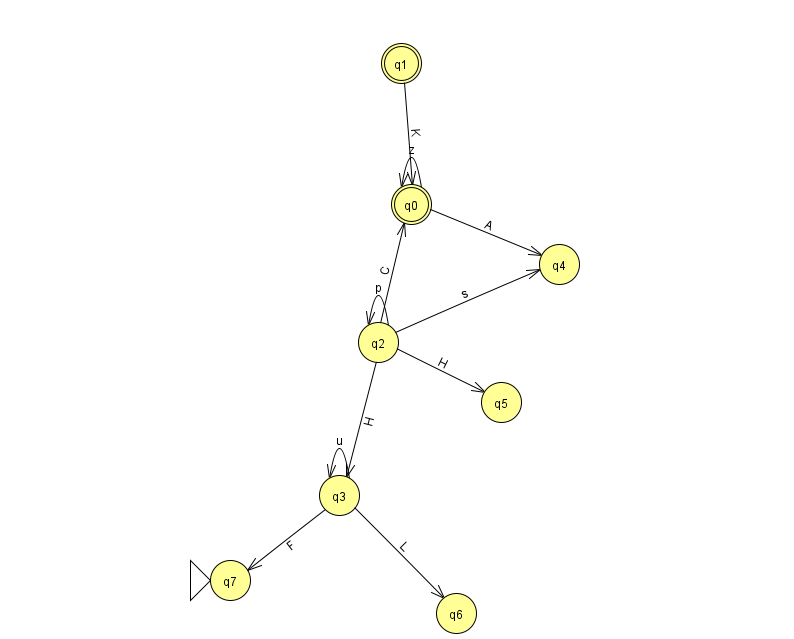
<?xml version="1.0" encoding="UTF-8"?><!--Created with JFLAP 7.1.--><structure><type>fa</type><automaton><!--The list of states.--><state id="0" name="q0"><x>411.0</x><y>191.0</y><final/></state><state id="1" name="q1"><x>401.0</x><y>50.0</y><final/></state><state id="2" name="q2"><x>378.0</x><y>329.0</y></state><state id="3" name="q3"><x>339.0</x><y>482.0</y></state><state id="4" name="q4"><x>559.0</x><y>251.0</y></state><state id="5" name="q5"><x>501.0</x><y>389.0</y></state><state id="6" name="q6"><x>456.0</x><y>600.0</y></state><state id="7" name="q7"><x>230.0</x><y>567.0</y><initial/></state><!--The list of transitions.--><transition><from>2</from><to>2</to><read>p</read></transition><transition><from>3</from><to>6</to><read>L</read></transition><transition><from>3</from><to>3</to><read>u</read></transition><transition><from>2</from><to>0</to><read>C</read></transition><transition><from>2</from><to>5</to><read>H</read></transition><transition><from>0</from><to>4</to><read>A</read></transition><transition><from>0</from><to>0</to><read>z</read></transition><transition><from>1</from><to>0</to><read>K</read></transition><transition><from>2</from><to>3</to><read>H</read></transition><transition><from>2</from><to>4</to><read>s</read></transition><transition><from>3</from><to>7</to><read>F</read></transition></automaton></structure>